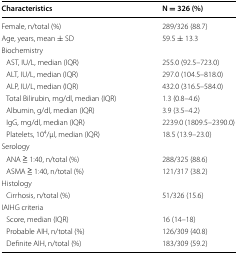
<table><thead><tr><td><b>Characteristics</b></td><td><b>N = 326 (%)</b></td></tr></thead><tbody><tr><td>Female, n/total (%)</td><td>289/326 (88.7)</td></tr><tr><td>Age, years, mean ± SD</td><td>59.5 ± 13.3</td></tr><tr><td colspan="2">Biochemistry</td></tr><tr><td> AST, IU/L, median (IQR)</td><td>255.0 (92.5–723.0)</td></tr><tr><td> ALT, IU/L, median (IQR)</td><td>297.0 (104.5–818.0)</td></tr><tr><td> ALP, IU/L, median (IQR)</td><td>432.0 (316.5–584.0)</td></tr><tr><td> Total Bilirubin, mg/dl, median (IQR)</td><td>1.3 (0.8–4.6)</td></tr><tr><td> Albumin, g/dl, median (IQR)</td><td>3.9 (3.5–4.2)</td></tr><tr><td> IgG, mg/dl, median (IQR)</td><td>2239.0 (1809.5–2390.0)</td></tr><tr><td> Platelets, 10<sup>4</sup>/μl, median (IQR)</td><td>18.5 (13.9–23.0)</td></tr><tr><td colspan="2">Serology</td></tr><tr><td> ANA ≧ 1:40, n/total (%)</td><td>288/325 (88.6)</td></tr><tr><td> ASMA ≧ 1:40, n/total (%)</td><td>121/317 (38.2)</td></tr><tr><td colspan="2">Histology</td></tr><tr><td> Cirrhosis, n/total (%)</td><td>51/326 (15.6)</td></tr><tr><td colspan="2">IAIHG criteria</td></tr><tr><td> Score, median (IQR)</td><td>16 (14–18)</td></tr><tr><td> Probable AIH, n/total (%)</td><td>126/309 (40.8)</td></tr><tr><td> Definite AIH, n/total (%)</td><td>183/309 (59.2)</td></tr></tbody></table>